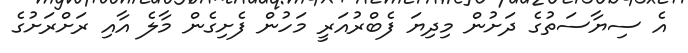
އެ ސިޔާސަތުގެ ދަށުން މިދިޔަ ފެބްރުއަރީ މަހުން ފެށިގެން މާލެ އާއި ރަށްރަށުގެ